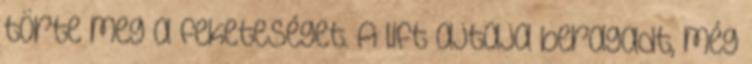
törte meg a feketeséget. A lift ajtaja beragadt, még